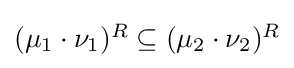
{\textstyle (\mu _{1}\cdot \nu _{1})^{R}\subseteq (\mu _{2}\cdot \nu _{2})^{R}}